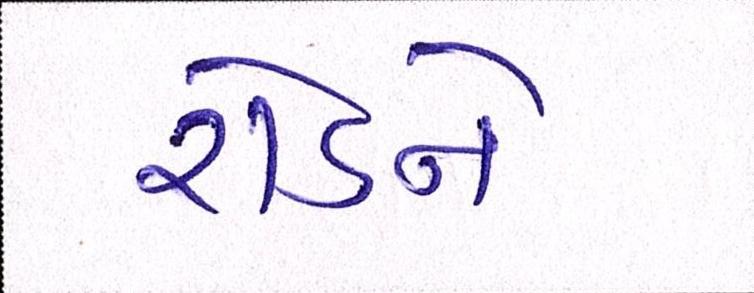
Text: રોડને